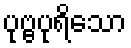
ပုဗ္ဗပုရိသော